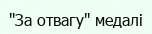
"За отвагу" медалі